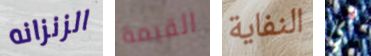
الزنزانه القيمة النفاية هي